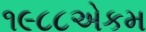
૧૯૮૮એકમ